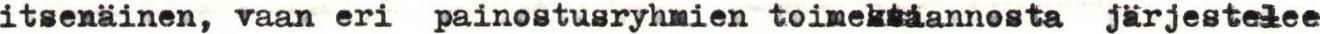
itsenäinen, vaan eri painostusryhmien toimeksiannosta järjestelee